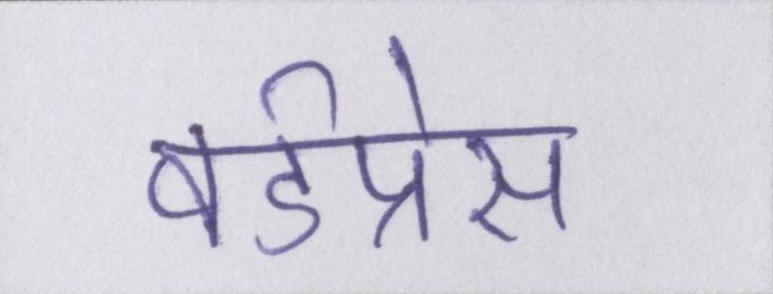
वर्डप्रेस